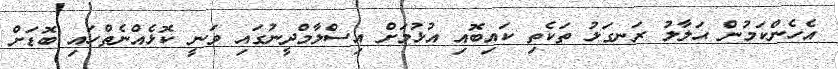
އެހެންކަމުން ޙަލާލު ރަނގަޅު ތަކެތި ކައިބޮއި އުޅުމަށް އިސްލާމްދީނުގައި ވަނީ ކޮޅެއްނެތްހައި ބޮޑަށް